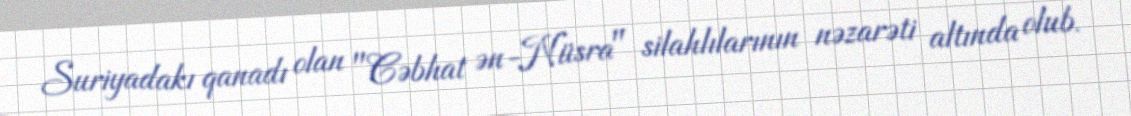
Suriyadakı qanadı olan "Cəbhat ən-Nüsra" silahlılarının nəzarəti altında olub.